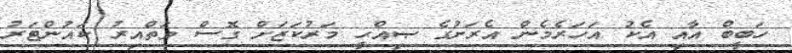
ހަބީބް އާއި އެކު އަހަރެމެން އެރަށުގެ ޞިއްޙީ މަރުކަޒަށް ގޮސް ވަތްއިރު ކައުންޓަރު